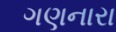
ગણનારા